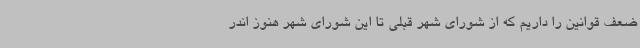
ضعف قوانین را داریم که از شورای شهر قبلی تا این شورای شهر هنوز اندر